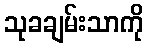
သုခချမ်းသာကို